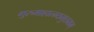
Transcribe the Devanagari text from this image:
गुरुमाहात्म्यमुत्तमम्